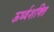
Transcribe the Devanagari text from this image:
ऊर्ध्वशक्ति